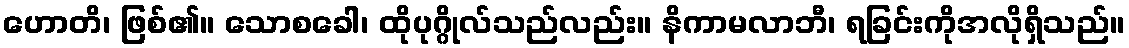
ဟောတိ၊ ဖြစ်၏။ သောစခေါ၊ ထိုပုဂ္ဂိုလ်သည်လည်း။ နိကာမလာဘီ၊ ရခြင်းကိုအလိုရှိသည်။